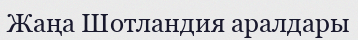
Жаңа Шотландия аралдары